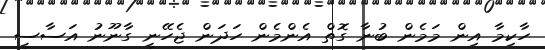
ހާކިމާ އިން މަމެން ބުނާ ގޮތް އެންމެން ހަދަން ޖެހޭނީ ގާނޫނު އަސާސީ